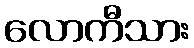
လောကီသား